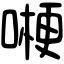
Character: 𠼰